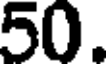
50.